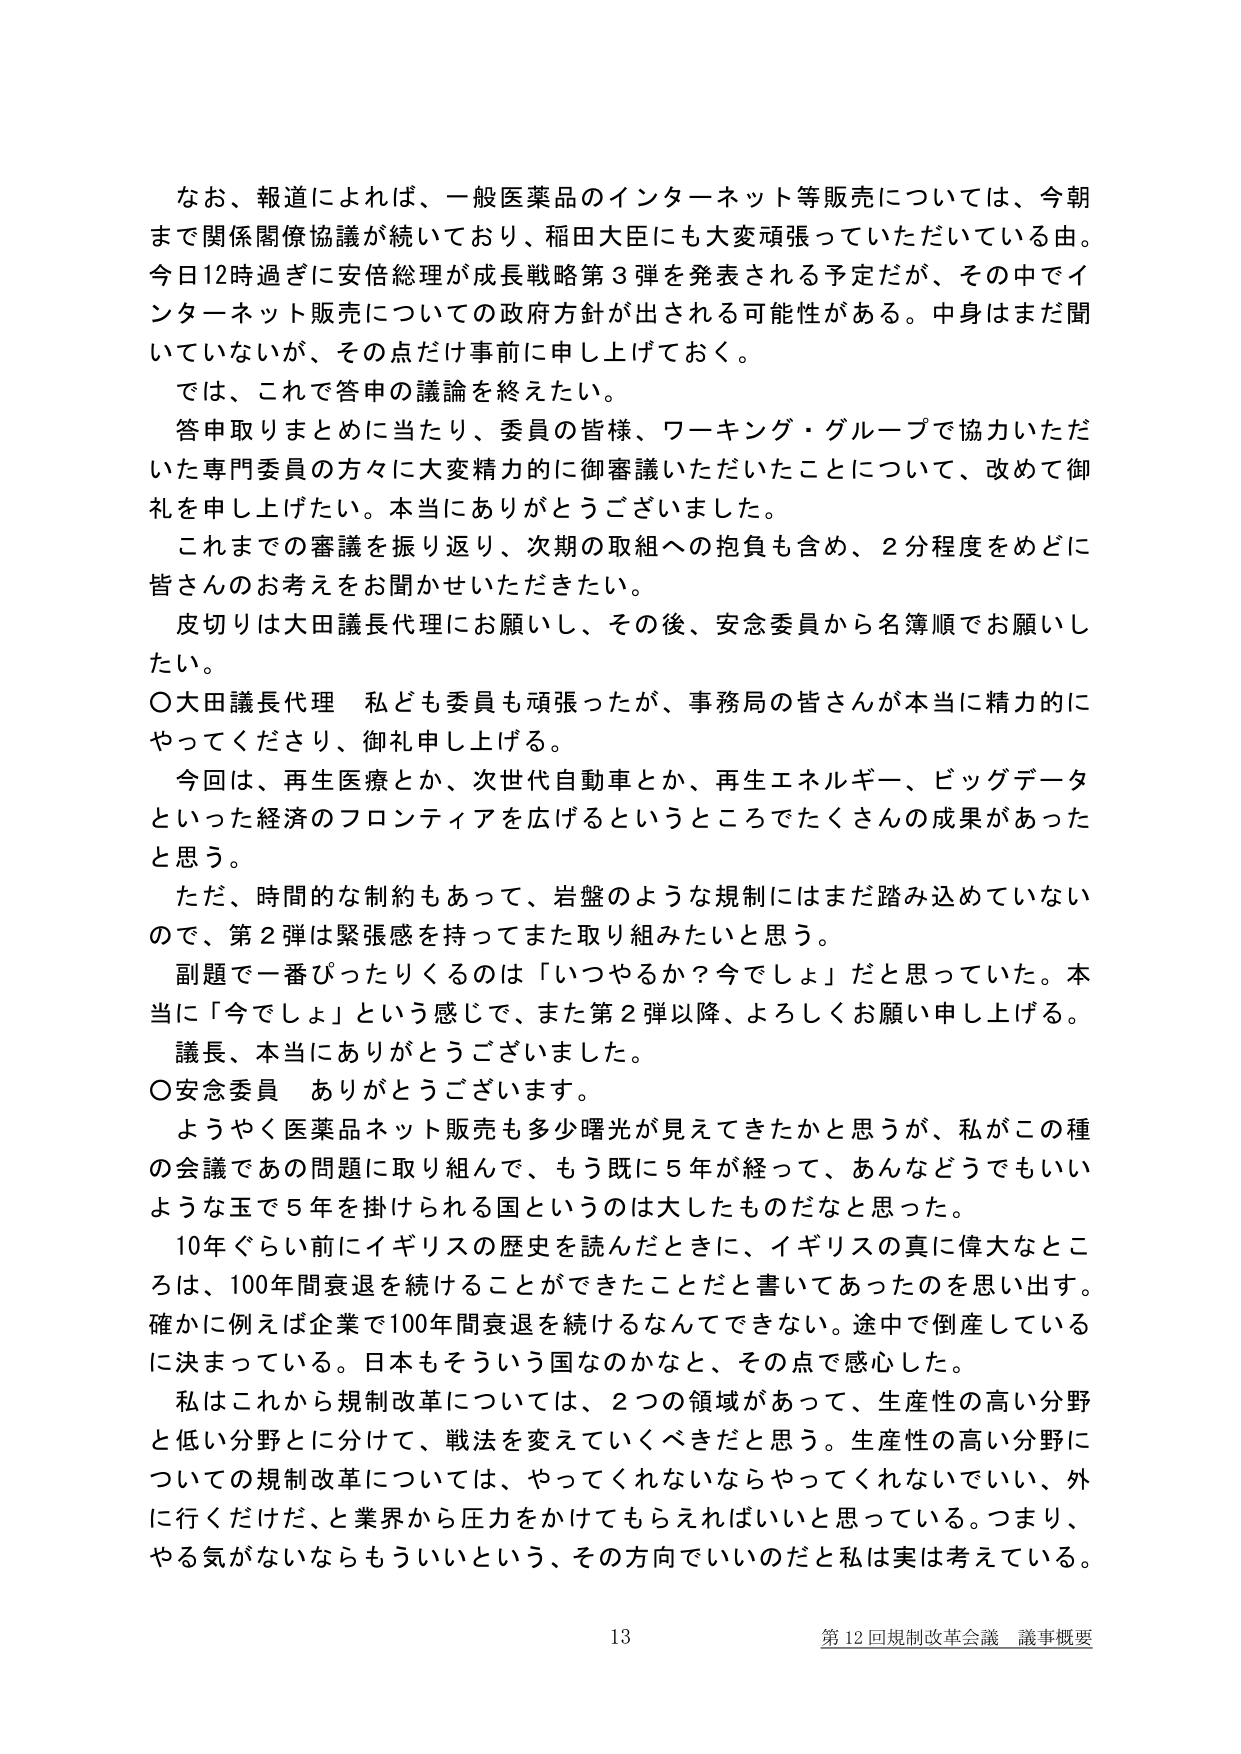
なお、報道によれば、一般医薬品のインターネット等販売については、今朝まで関係閣僚協議が続いており、稲田大臣にも大変頑張っていただいている由。今日12時過ぎに安倍総理が成長戦略第3弾を発表される予定だが、その中でインターネット販売についての政府方針が出される可能性がある。中身はまだ聞いていないが、その点だけ事前に申し上げておく。

では、これで答申の議論を終えたい。

答申取りまとめに当たり、委員の皆様、ワーキング・グループで協力いただいた専門委員の方々に大変精力的に御審議いただいたことについて、改めて御礼を申し上げたい。本当にありがとうございました。

これまでの審議を振り返り、次期の取組への抱負も含め、2分程度をめどに皆さんのお考えをお聞かせいただきたい。

皮切りは大田議長代理にお願いし、その後、安念委員から名簿順でお願いしたい。

○大田議長代理　私ども委員も頑張ったが、事務局の皆さんが本当に精力的にやってくださり、御礼申し上げる。

今回は、再生医療とか、次世代自動車とか、再生エネルギー、ビッグデータといった経済のフロンティアを広げるというところでたくさんの成果があったと思う。

ただ、時間的な制約もあって、岩盤のような規制にはまだ踏み込めていないので、第2弾は緊張感を持ってまた取り組みたいと思う。

副題で一番ぴったりくるのは「いつやるか？今でしょ」だと思っていた。本当に「今でしょ」という感じで、また第2弾以降、よろしくお願い申し上げる。

議長、本当にありがとうございました。

○安念委員　ありがとうございます。

ようやく医薬品ネット販売も多少曙光が見えてきたかと思うが、私がこの種の会議であの問題に取り組んで、もう既に5年が経って、あんなどうでもいいような玉で5年を掛けられる国というのは大したものだなと思った。

10年ぐらい前にイギリスの歴史を読んだときに、イギリスの真に偉大なところは、100年間衰退を続けることができたことだと書いてあったのを思い出す。確かに例えば企業で100年間衰退を続けるなんてできない。途中で倒産しているに決まっている。日本もそういう国なのかなと、その点で感心した。

私はこれから規制改革については、2つの領域があって、生産性の高い分野と低い分野とに分けて、戦法を変えていくべきだと思う。生産性の高い分野についての規制改革については、やってくれないならやってくれないでいい、外に行くだけだ、と業界から圧力をかけてもらえればいいと思っている。つまり、やる気がないならもういいという、その方向でいいのだと私は実は考えている。

13 第12回規制改革会議 議事概要